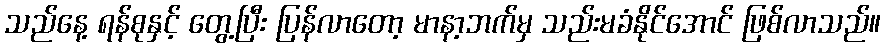
သည်နေ့ ရန်စုနှင့် တွေ့ပြီး ပြန်လာတော့ မာနာ့ဘက်မှ သည်းမခံနိုင်အောင် ဖြစ်လာသည်။